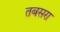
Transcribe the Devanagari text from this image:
तबसरा